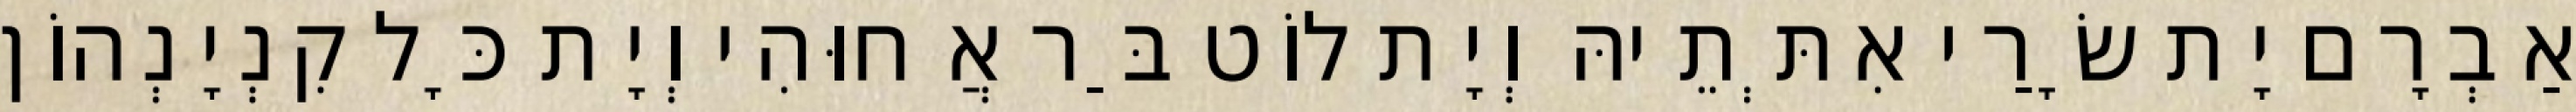
אַבְרָם יָת שָׂרַי אִתְּתֵיהּ וְיָת לוֹט בַּר אֲחוּהִי וְיָת כָּל קִנְיָנְהוֹן